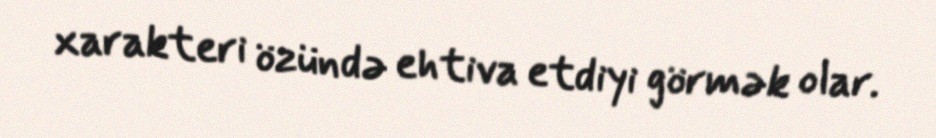
xarakteri özündə ehtiva etdiyi görmək olar.